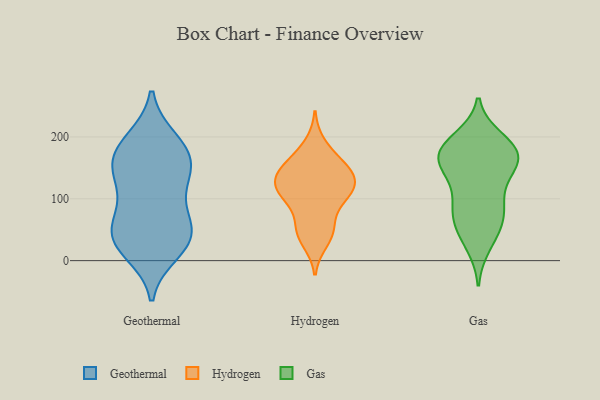
{"axis": {"x": "Net Income (USD K)", "y": "Value"}, "legend": ["Gas", "Geothermal", "Hydrogen"], "data": [{"x": "", "y": 14, "type": "Geothermal"}, {"x": "", "y": 160, "type": "Geothermal"}, {"x": "", "y": 181, "type": "Geothermal"}, {"x": "", "y": 26, "type": "Geothermal"}, {"x": "", "y": 140, "type": "Geothermal"}, {"x": "", "y": 121, "type": "Geothermal"}, {"x": "", "y": 33, "type": "Geothermal"}, {"x": "", "y": 189, "type": "Geothermal"}, {"x": "", "y": 151, "type": "Geothermal"}, {"x": "", "y": 40, "type": "Geothermal"}, {"x": "", "y": 195, "type": "Geothermal"}, {"x": "", "y": 84, "type": "Geothermal"}, {"x": "", "y": 45, "type": "Geothermal"}, {"x": "", "y": 76, "type": "Geothermal"}, {"x": "", "y": 44, "type": "Geothermal"}, {"x": "", "y": 151, "type": "Geothermal"}, {"x": "", "y": 106, "type": "Hydrogen"}, {"x": "", "y": 150, "type": "Hydrogen"}, {"x": "", "y": 110, "type": "Hydrogen"}, {"x": "", "y": 126, "type": "Hydrogen"}, {"x": "", "y": 188, "type": "Hydrogen"}, {"x": "", "y": 54, "type": "Hydrogen"}, {"x": "", "y": 51, "type": "Hydrogen"}, {"x": "", "y": 129, "type": "Hydrogen"}, {"x": "", "y": 107, "type": "Hydrogen"}, {"x": "", "y": 138, "type": "Hydrogen"}, {"x": "", "y": 152, "type": "Hydrogen"}, {"x": "", "y": 116, "type": "Hydrogen"}, {"x": "", "y": 94, "type": "Hydrogen"}, {"x": "", "y": 45, "type": "Hydrogen"}, {"x": "", "y": 31, "type": "Hydrogen"}, {"x": "", "y": 165, "type": "Hydrogen"}, {"x": "", "y": 142, "type": "Hydrogen"}, {"x": "", "y": 181, "type": "Gas"}, {"x": "", "y": 56, "type": "Gas"}, {"x": "", "y": 197, "type": "Gas"}, {"x": "", "y": 91, "type": "Gas"}, {"x": "", "y": 171, "type": "Gas"}, {"x": "", "y": 164, "type": "Gas"}, {"x": "", "y": 151, "type": "Gas"}, {"x": "", "y": 147, "type": "Gas"}, {"x": "", "y": 146, "type": "Gas"}, {"x": "", "y": 68, "type": "Gas"}, {"x": "", "y": 83, "type": "Gas"}, {"x": "", "y": 189, "type": "Gas"}, {"x": "", "y": 110, "type": "Gas"}, {"x": "", "y": 39, "type": "Gas"}, {"x": "", "y": 25, "type": "Gas"}, {"x": "", "y": 180, "type": "Gas"}, {"x": "", "y": 180, "type": "Gas"}, {"x": "", "y": 79, "type": "Gas"}, {"x": "", "y": 158, "type": "Gas"}]}